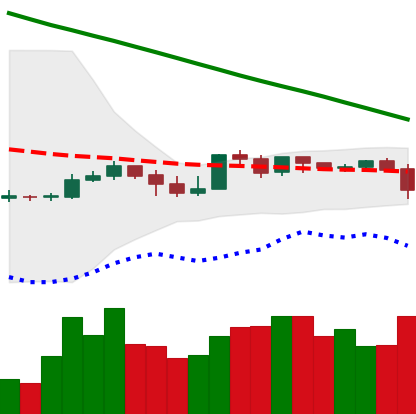
Ticker: XLM-USD
Chart end date: 2019-10-23
Forward return: 7.992%
Label: up_7plus